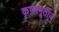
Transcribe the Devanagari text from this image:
कृष्णमूर्तीज्‌